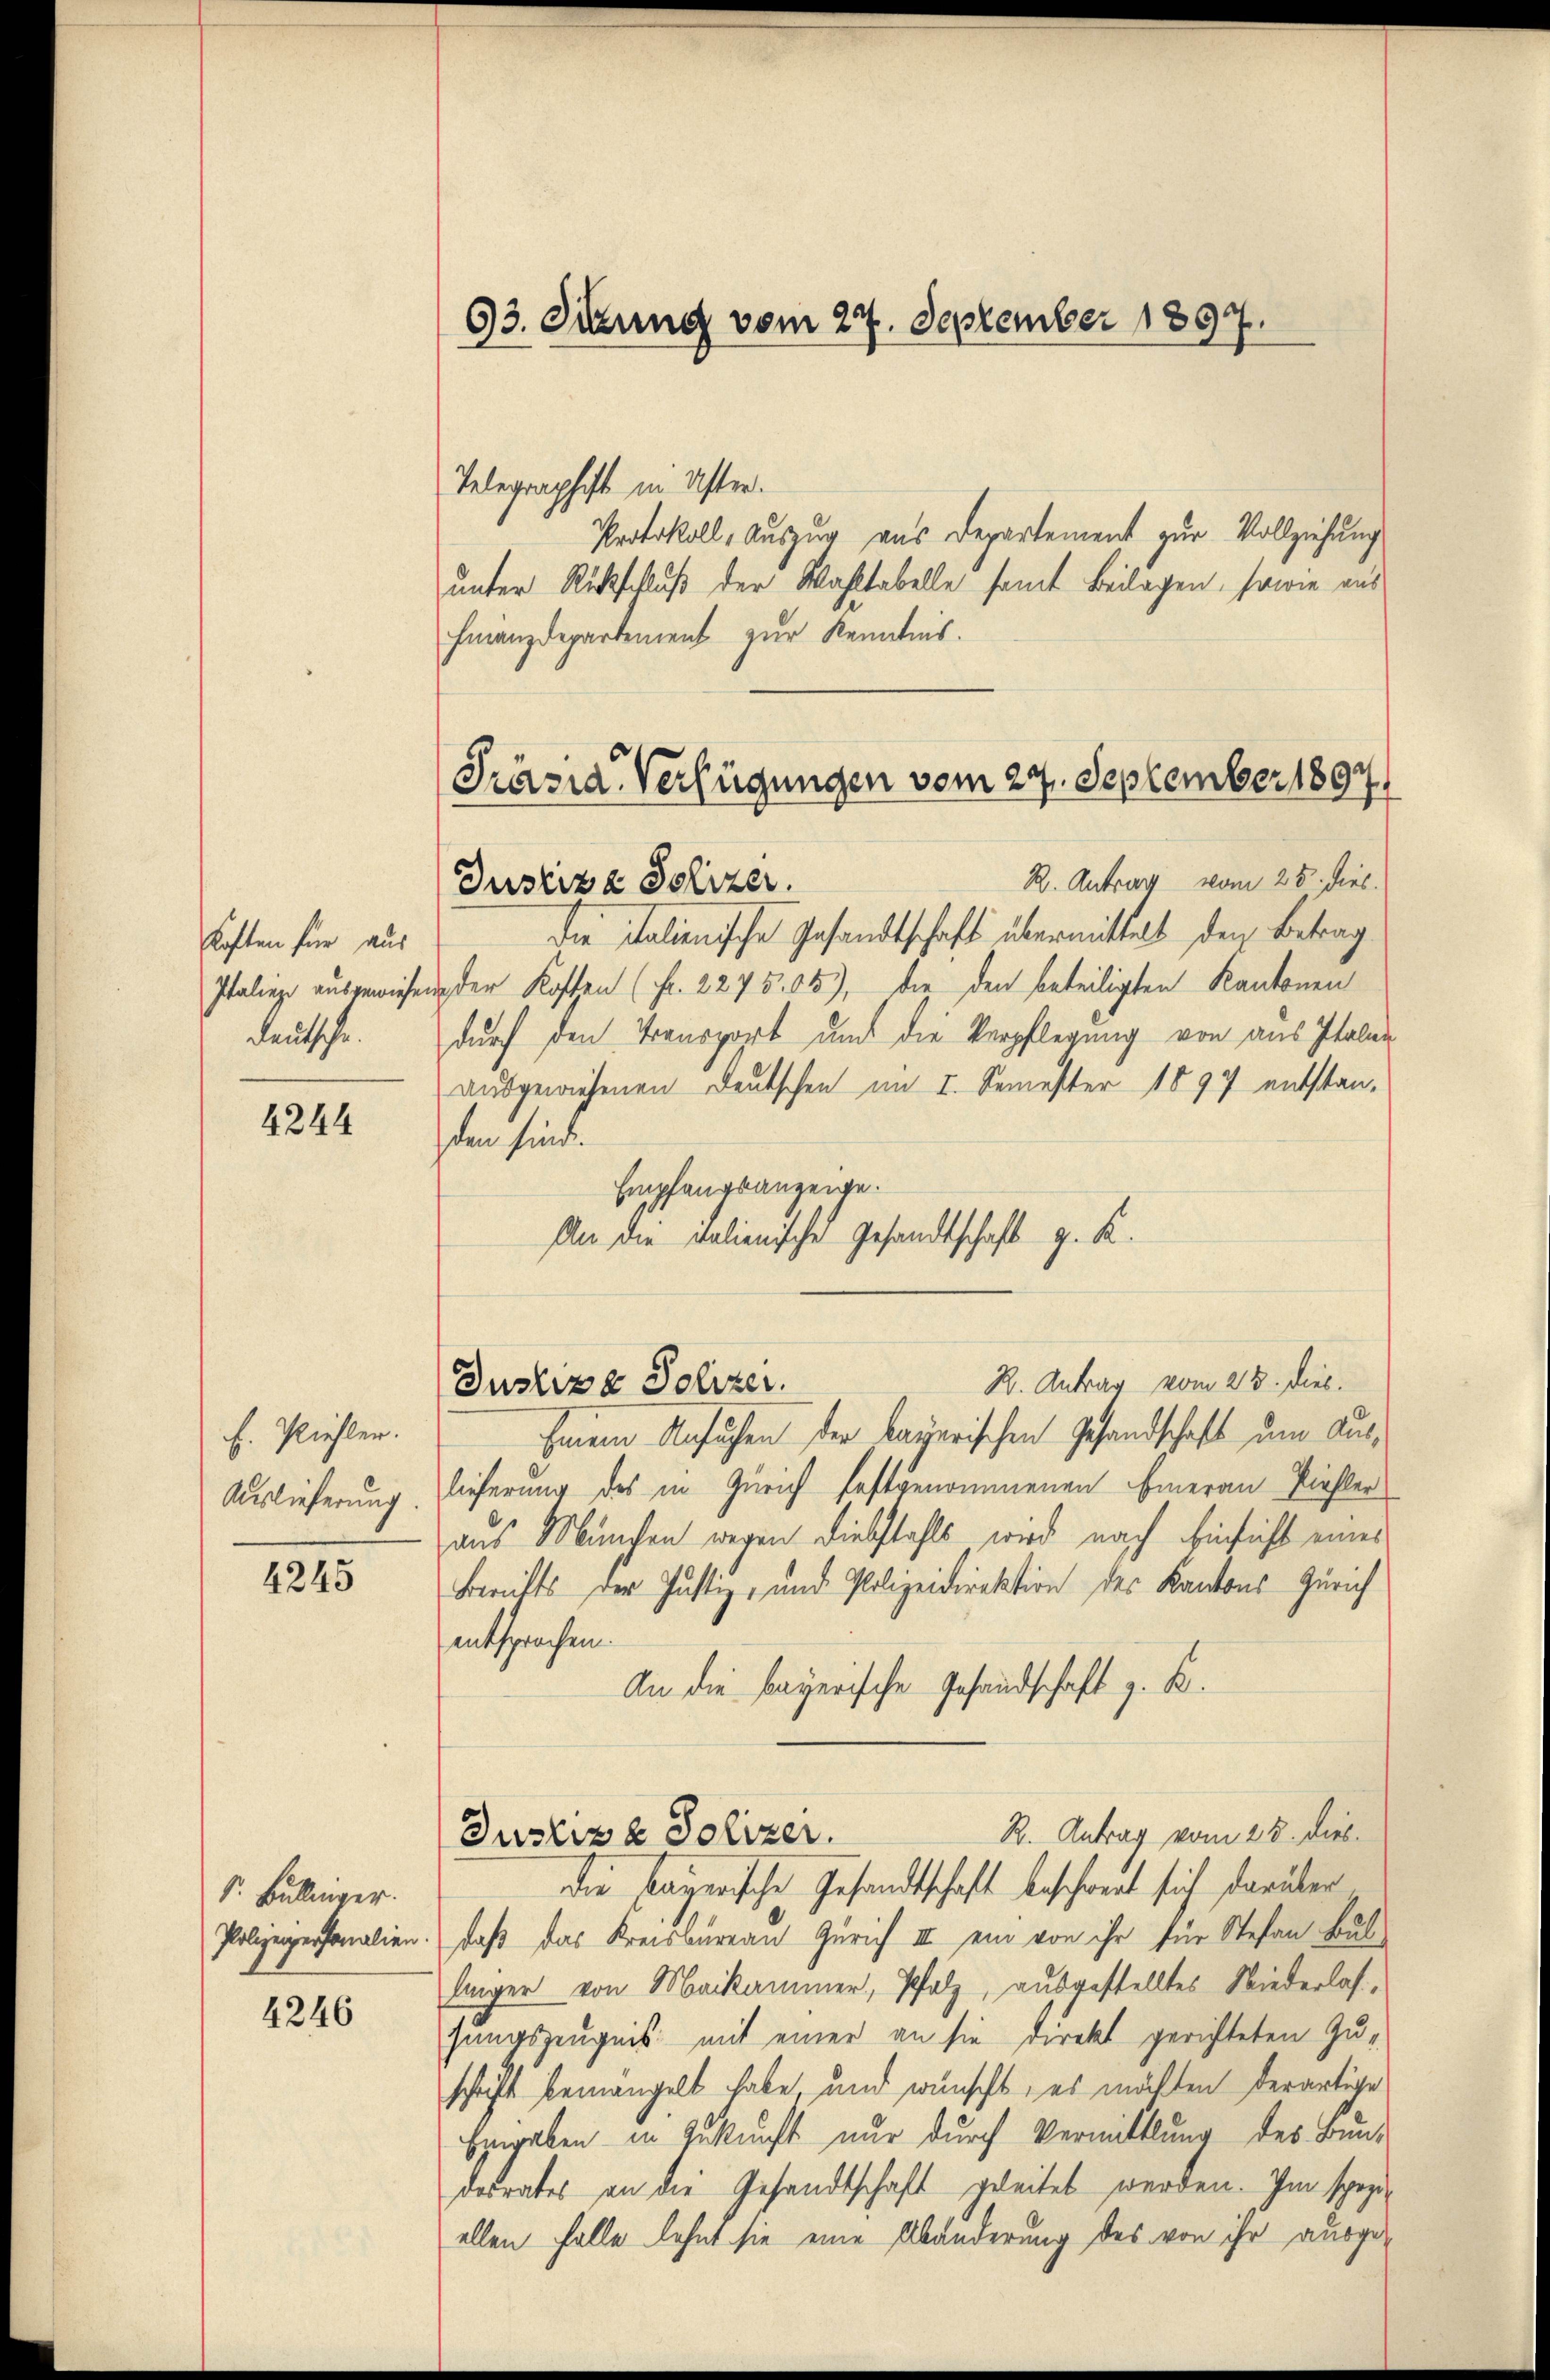
Koften für aus
Italien ausgewiesen
deutsche.

4244

E. Riehlen.
Auslieferung.

4245

S. Bullinger.
Polizeipersonalien.

4246

Telegraphist in Uster.
Protokoll, Auszug aus Departement zur Vollziehung
unter Rückschluß der Wahltabelle samt Beilagen, sowie aus
Finanzdepartement zur Kenntnis.

93. Sitzung vom 24. September 1897

Präsid. Verfügungen vom 29. September 1897
R. Antrag vom 25. dies.
Justiz & Polizer.

Die Salienische Gesandtschaft übermittelt den Betrag
ieder Kosten (Fr. 2275. 655), die den beteiligten Kantonen
durch den Transport und die Verpflegung von aus Italin
aŭsgewiesenen Deutschen im I. Semester 1897 entstan-
den sind.
Empfangsanzeige.
An die italienische Gesandtschaft z. K.

Justiz & Polizer.

R. Antrag vom 23. Dieb.
heinem Ansuchen der bayerischen Gesandschaft um Auslieferung des in Zürich festgenommenen Eineran Pichler
aus München wegen Diebstahls wird nach Einsicht eines
Berichts der Justiz- und Polizeidirektion des Kantons Zürich
entsprochen.
An die bayerische Gesandschaft z. B.
R. Antrag vom 25. dies
Justiz & Polizer.
die bayerische Gesandtschaft beschwert sich darüber
daß das Kreisbureau Zürich III ein von ihr für Stefan Bus
linger von Maikammer, Pfalz, ausgestelltes Niederlas-
hungszeugnis mit einer an sie direkt gerichteten Zu-
schrift bemangelt habe und wünscht, es möchten derartige
Eingaben in Zukunft nur durch Vermittlung des Bundesrates an die Gesandtschaft geleitet werden. Im spezi-
allen Falle lehnt sie eine Abänderung des von ihr ausge¬